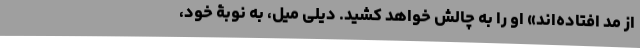
از مد افتاده‌اند» او را به چالش خواهد کشید. دیلی میل، به نوبۀ خود،